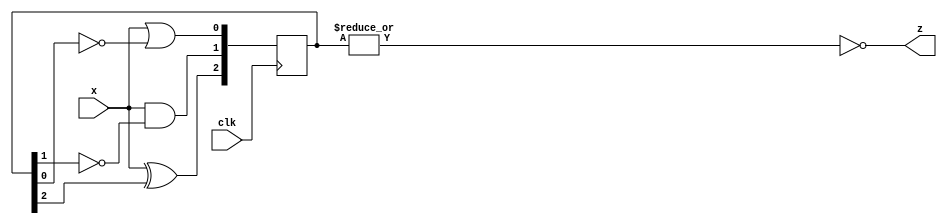
module top_module (
    input clk,
    input x,
    output z
); 
    wire [2:0] w;
    always @(posedge clk)
        begin
            w[2] <= x^w[2];
            w[1] <= x&~w[1];
            w[0] <= x|~w[0];
        end
	assign z = ~|w;
endmodule